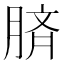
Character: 𦜝